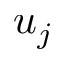
u _ { j }